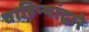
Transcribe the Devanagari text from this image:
वाहिन्यांद्वारे